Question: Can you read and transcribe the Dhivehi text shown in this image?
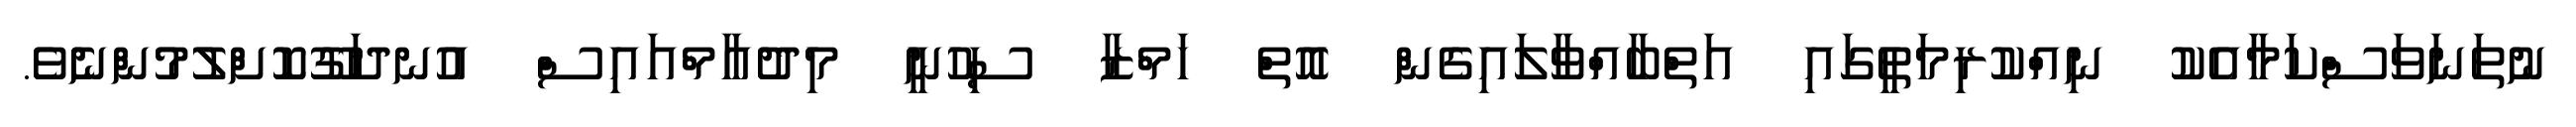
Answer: ނުތަނަވަސްކަމާއެކު ނިއްކުރިމަތީގައި އަތްބާއްވާލައިގެން އޮތް ހަމްޒާ ސިހުނީ މިދުއާމްއައިސް އުނދަގޫކޮށްލުމުންނެވެ.